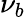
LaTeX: \nu_{b}